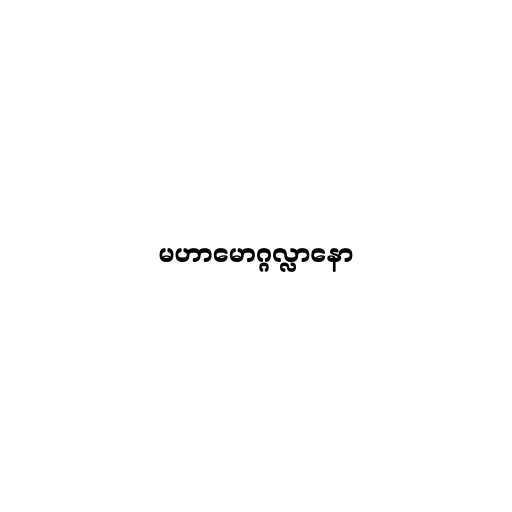
မဟာမောဂ္ဂလ္လာနော